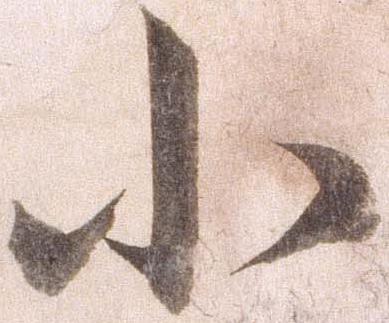
小